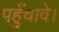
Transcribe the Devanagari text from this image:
पहुँचावे।